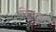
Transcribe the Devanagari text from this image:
द्विगुणं